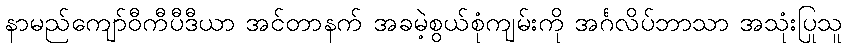
နာမည်ကျော်ဝီကီပီဒီယာ အင်တာနက် အခမဲ့စွယ်စုံကျမ်းကို အင်္ဂလိပ်ဘာသာ အသုံးပြုသူ